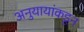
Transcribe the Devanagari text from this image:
अनुयायांकडून